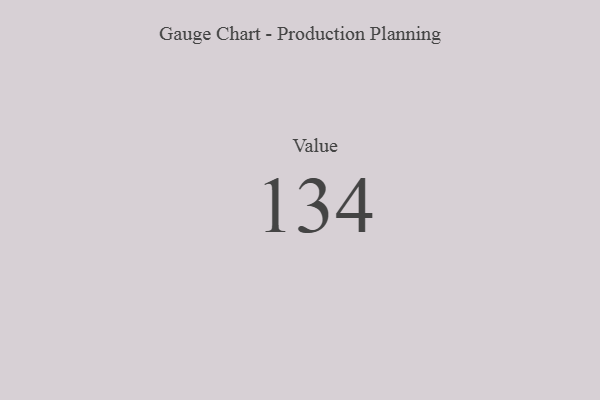
{"axis": {"x": "Metric", "y": "Value"}, "legend": [""], "data": [{"x": "Value", "y": 134, "type": ""}]}